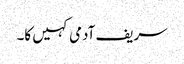
سریف آدمی کہیں کا۔